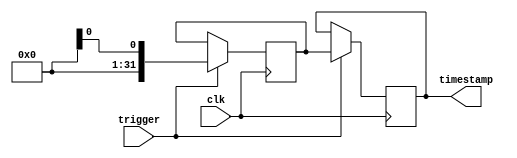
module timestamping_timer (
    input wire clk,          // Synchronized clock signal
    input wire trigger,      // Input trigger signal to start timestamping process
    output reg [31:0] timestamp // Register to store timestamped time
);

reg [31:0] system_time;

always @(posedge clk) begin
    if (trigger) begin
        system_time <= $time; // Capture current system time
        timestamp <= system_time; // Store timestamp in register
    end
end

endmodule